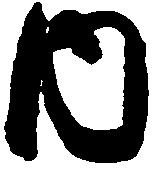
内